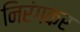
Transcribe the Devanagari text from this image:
निरंगकर